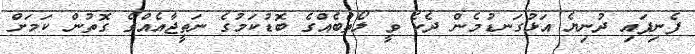
ފެނިފައި ދުނިޔެ އަޅުގަނޑުމެން ދެކެ ވީ ލޯތްބެއްގެ ބޮޑުކަމުގެ ނަތީޖާއެއްގެ ގޮތުން ކަމަށް